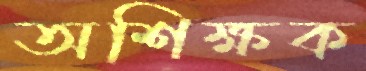
অশিক্ষক